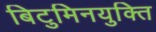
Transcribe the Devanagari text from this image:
बिटुमिनयुक्ति